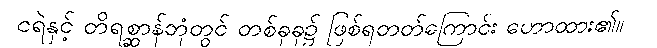
ငရဲနှင့် တိရစ္ဆာန်ဘုံတွင် တစ်ခုခု၌ ဖြစ်ရတတ်ကြောင်း ဟောထား၏။